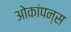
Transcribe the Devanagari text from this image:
ओकांपन्स